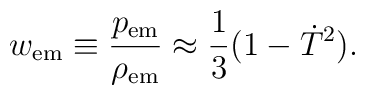
w_{{\rm em}} \equiv \frac{p_{{\rm em}}}{\rho_{{\rm em}}}\approx \frac{1}{3} (1-\dot{T}^2).